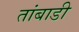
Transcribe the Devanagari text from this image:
तांबाडी